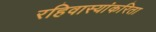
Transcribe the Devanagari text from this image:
रहिवास्यांकरिता